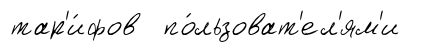
тар'и́фов по́льзоват'ел'ям'и